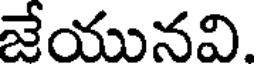
జేయునవి.